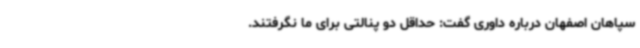
سپاهان اصفهان درباره داوری گفت: حداقل دو پنالتی برای ما نگرفتند.